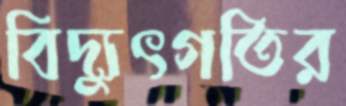
বিদ্যুৎগতির